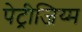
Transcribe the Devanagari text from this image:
पेट्रीजिय्म